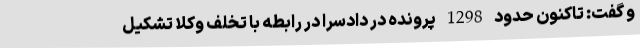
و گفت: تاکنون حدود 1298 پرونده در دادسرا در رابطه با تخلف وکلا تشکیل